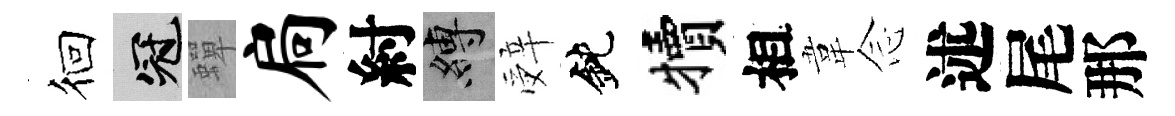
徊冠蟬扃紂縛辤鈍犢相韋𫝹述尾那